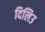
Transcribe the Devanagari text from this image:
दिलिउ